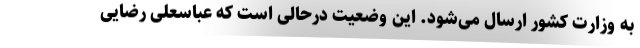
به وزارت کشور ارسال می‌شود. این وضعیت درحالی است که عباسعلی رضایی